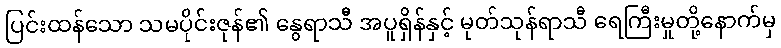
ပြင်းထန်သော သမပိုင်းဇုန်၏ နွေရာသီ အပူရှိန်နှင့် မုတ်သုန်ရာသီ ရေကြီးမှုတို့နောက်မှ